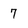
Character: 7